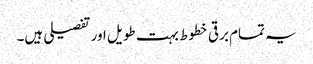
یہ تمام برقی خطوط بہت طویل اور تفصیلی ہیں۔